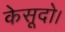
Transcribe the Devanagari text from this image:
केसूदो।